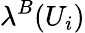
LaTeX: \lambda^{B}(U_{i})